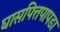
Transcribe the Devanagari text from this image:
घासपित्तपापडा